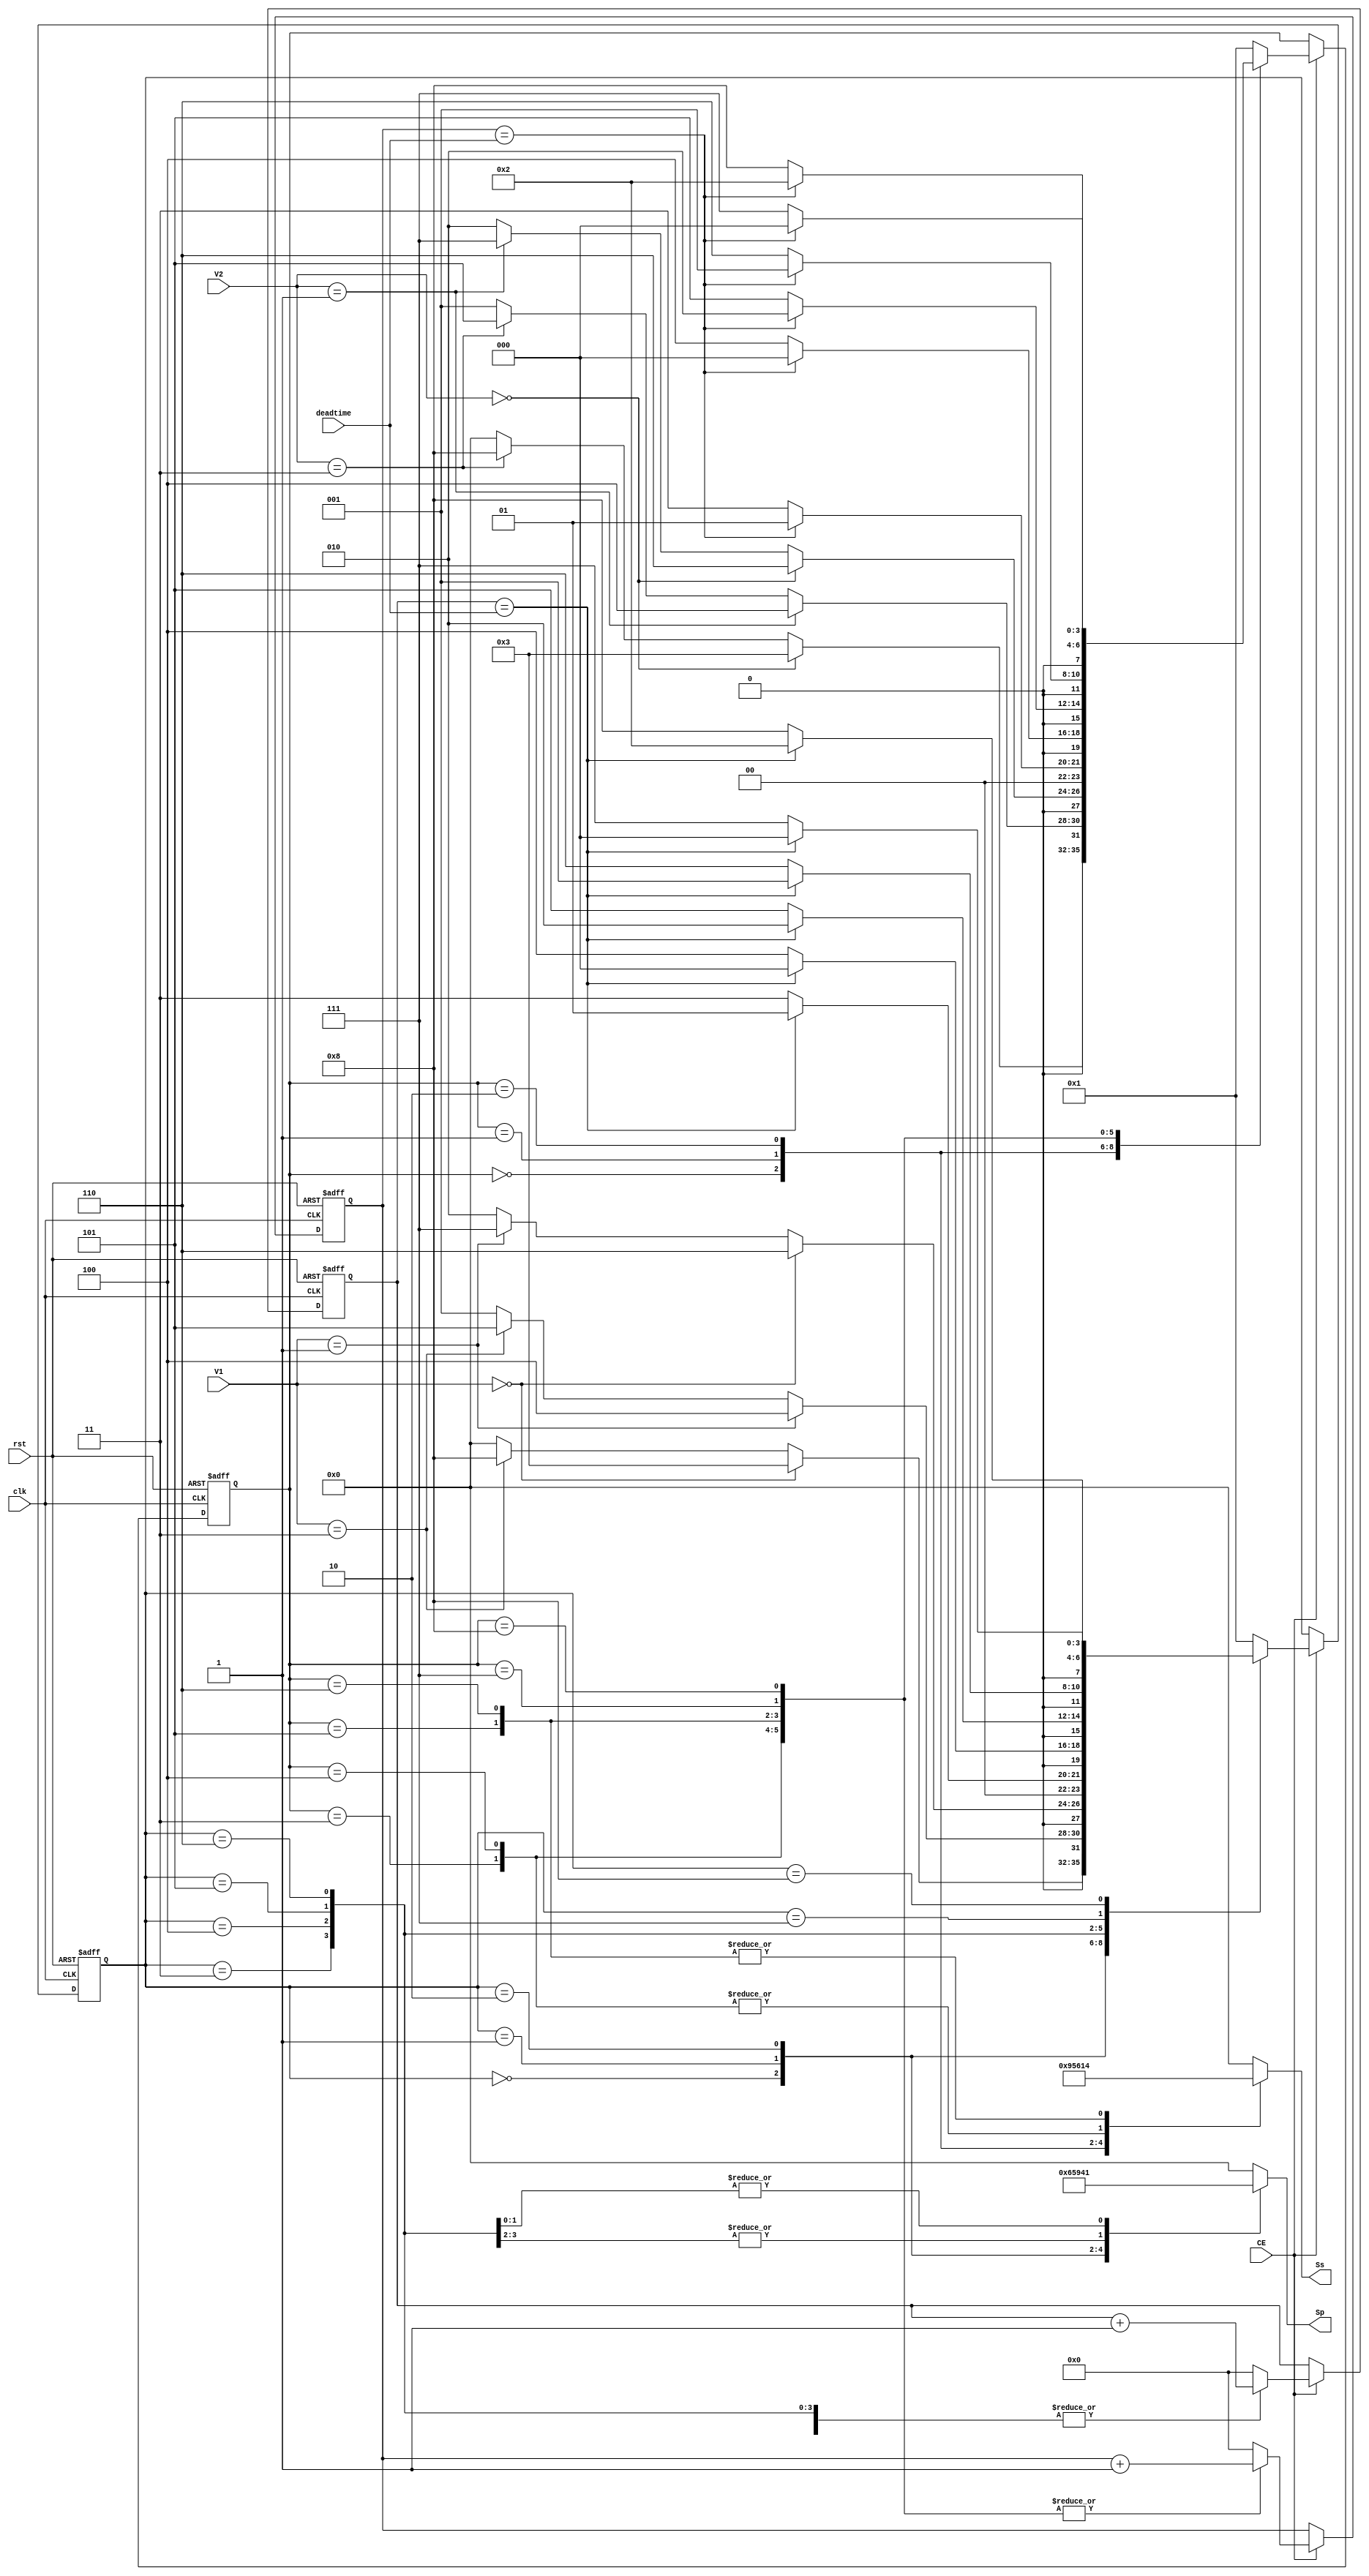
`timescale 1ns / 1ps
//////////////////////////////////////////////////////////////////////////////////
// Company: AC3E
// 
// Design Name: 
// Module Name:    switch 
// Project Name: 
// Target Devices: 
// Tool versions: 
// Description: 
//
// Dependencies: 
//
// Revision: 
// Revision 0.01 - File Created
// Additional Comments: 
//
//////////////////////////////////////////////////////////////////////////////////
module switch(clk, CE, rst, deadtime, V1, V2, Sp, Ss);
    input clk; // implementar rst de emergencia 
    input CE;
    input rst; 
    input [7:0] deadtime;
    input [1:0] V1, V2;
    output reg [3:0] Sp; //Conmutaciones del primario
    output reg [3:0] Ss; //Conmutaciones del secundario
    

    localparam estado_V1 = 4'd0;
    localparam estado_V0 = 4'd1;
    localparam estado_Vn1 = 4'd2;
    localparam estado_1_0 = 4'd3;
	localparam estado_0_1 = 4'd4;
    localparam estado_0_n1 = 4'd5;
    localparam estado_n1_0 = 4'd6;
    localparam estado_n1_1 = 4'd7;
    localparam estado_1_n1 = 4'd8;
     


    reg [3:0] state1, state2, state1_next, state2_next;
    reg [7:0] contador1, contador1_next, contador2, contador2_next;

	initial
    begin
        state1=estado_V0;
        state2=estado_V0;
    end


    always@(*)// maquina de estados para el voltaje V2
        case(state1)
        estado_V1:    begin 
                        state1_next = (V1==2'b00)? estado_1_0 :((V1==2'b11)?estado_1_n1 : estado_V1);//ojo con la comparacion
                    	contador1_next=8'd0;
                    	Sp=4'b0110;
                    end
        estado_V0:    begin
                        state1_next = (V1==2'b01)? estado_0_1 :((V1==2'b11)?estado_0_n1 : estado_V0);
                    	contador1_next=8'd0;
                    	Sp=4'b0101;
                    end
        estado_Vn1:    begin
                        state1_next = (V1==2'b00)? estado_n1_0 :((V1==2'b01)?estado_n1_1 : estado_Vn1);
                    	contador1_next=8'd0;
                    	Sp=4'b1001;
                    end  
        estado_1_0:    begin
                        state1_next = (contador1==deadtime)?estado_V0:estado_1_0;
                    	contador1_next=contador1+8'd1;
                    	Sp=4'b0100;
                    end        
        estado_0_1:    begin
                        state1_next = (contador1==deadtime)?estado_V1:estado_0_1;
                    	contador1_next=contador1+8'd1;
                    	Sp=4'b0100;
                    end    
        estado_0_n1:    begin
                        state1_next = (contador1==deadtime)?estado_Vn1:estado_0_n1;
                    	contador1_next=contador1+8'd1;
                    	Sp=4'b0001;
                    end    
        estado_n1_0:    begin
                        state1_next = (contador1==deadtime)?estado_V0:estado_n1_0;
                    	contador1_next=contador1+8'd1;
                    	Sp=4'b0001;
                    end 
        estado_n1_1:    begin
                        state1_next = (contador1==deadtime)?estado_V1:estado_n1_1;
                    	contador1_next=contador1+8'd1;
                    	Sp=4'b0000;
                    end    
        estado_1_n1:    begin
                        state1_next = (contador1==deadtime)?estado_Vn1:estado_1_n1;
                    	contador1_next=contador1+8'd1;
                    	Sp=4'b0000;
                    end    
        default:    begin
                        state1_next = estado_V0;
                        contador1_next=8'd0;
                        Sp=4'b0000;
                    end
        endcase


	always@(*)// maquina de estados para el voltaje V2
        case(state2)
        estado_V1:    begin 
                        state2_next = (V2==2'b00)? estado_1_0 :((V2==2'b11)?estado_1_n1 : estado_V1);//ojo con la comparacion
                    	contador2_next=8'd0;
                    	Ss=4'b1001;
                    end
        estado_V0:    begin
                        state2_next = (V2==2'b01)? estado_0_1 :((V2==2'b11)?estado_0_n1 : estado_V0);
                    	contador2_next=8'd0;
                    	Ss=4'b0101;
                    end
        estado_Vn1:    begin
                        state2_next = (V2==2'b00)? estado_n1_0 :((V2==2'b01)?estado_n1_1 : estado_Vn1);
                    	contador2_next=8'd0;
                    	Ss=4'b0110;
                    end  
        estado_1_0:    begin
                        state2_next = (contador2==deadtime)?estado_V0:estado_1_0;
                    	contador2_next=contador2+8'd1;
                    	Ss=4'b0001;
                    end        
        estado_0_1:    begin
                        state2_next = (contador2==deadtime)?estado_V1:estado_0_1;
                    	contador2_next=contador2+8'd1;
                    	Ss=4'b0001;
                    end    
        estado_0_n1:    begin
                        state2_next = (contador2==deadtime)?estado_Vn1:estado_0_n1;
                    	contador2_next=contador2+8'd1;
                    	Ss=4'b0100;
                    end    
        estado_n1_0:    begin
                        state2_next = (contador2==deadtime)?estado_V0:estado_n1_0;
                    	contador2_next=contador2+8'd1;
                    	Ss=4'b0100;
                    end 
        estado_n1_1:    begin
                        state2_next = (contador2==deadtime)?estado_V1:estado_n1_1;
                    	contador2_next=contador2+8'd1;
                    	Ss=4'b0000;
                    end    
        estado_1_n1:    begin
                        state2_next = (contador2==deadtime)?estado_Vn1:estado_1_n1;
                    	contador2_next=contador2+8'd1;
                    	Ss=4'b0000;
                    end    
        default:    begin
                        state2_next = estado_V0;
                        contador2_next=8'd0;
                        Ss=4'b0000;
                    end
        endcase




    always @(posedge clk or posedge rst)
    begin
        if (rst)
        begin
            state1 <= estado_V1;
            state2 <= estado_V1;
            contador1 <= 8'd0;
            contador2 <= 8'd0;
        end
        else
        begin
            if (CE)
            begin
                state1 <= state1_next;
                state2 <= state2_next;
                contador1 <= contador1_next;
                contador2 <= contador2_next;                  
            end
            else
            begin
                state1 <= state1;
                state2 <= state2;
                contador1 <= contador1;
                contador2 <= contador2; 
            end
        end
    end    

endmodule